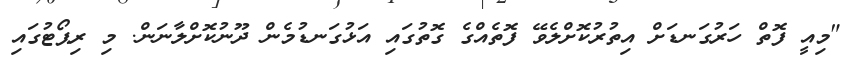
"މިއީ ފޮތް ހަރުގަނޑަށް އިތުރުކޮށްލެވޭ ފޮތެއްގެ ގޮތުގައި އަޅުގަނޑުމެން ދޫނުކޮށްލާނަން. މި ރިޕޯޓުގައި